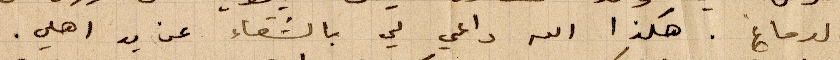
الدماغ. هكذا الله داعي لي بالشفاء عن يد اهلي.